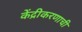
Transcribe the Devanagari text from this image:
केंद्रीकरणाची